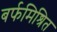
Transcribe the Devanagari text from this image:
बर्फमिश्रित